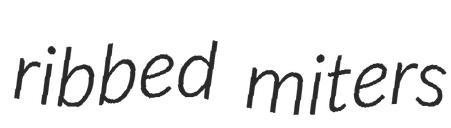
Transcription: ribbed miters